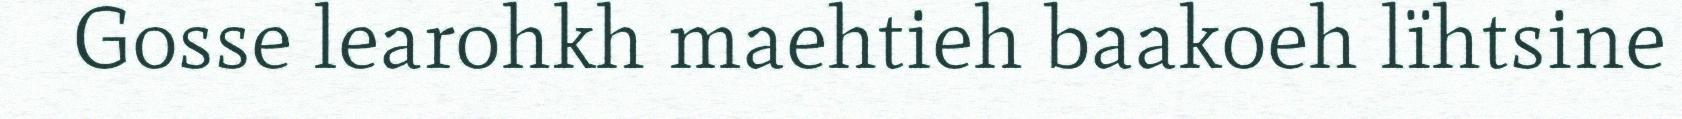
Gosse learohkh maehtieh baakoeh lïhtsine